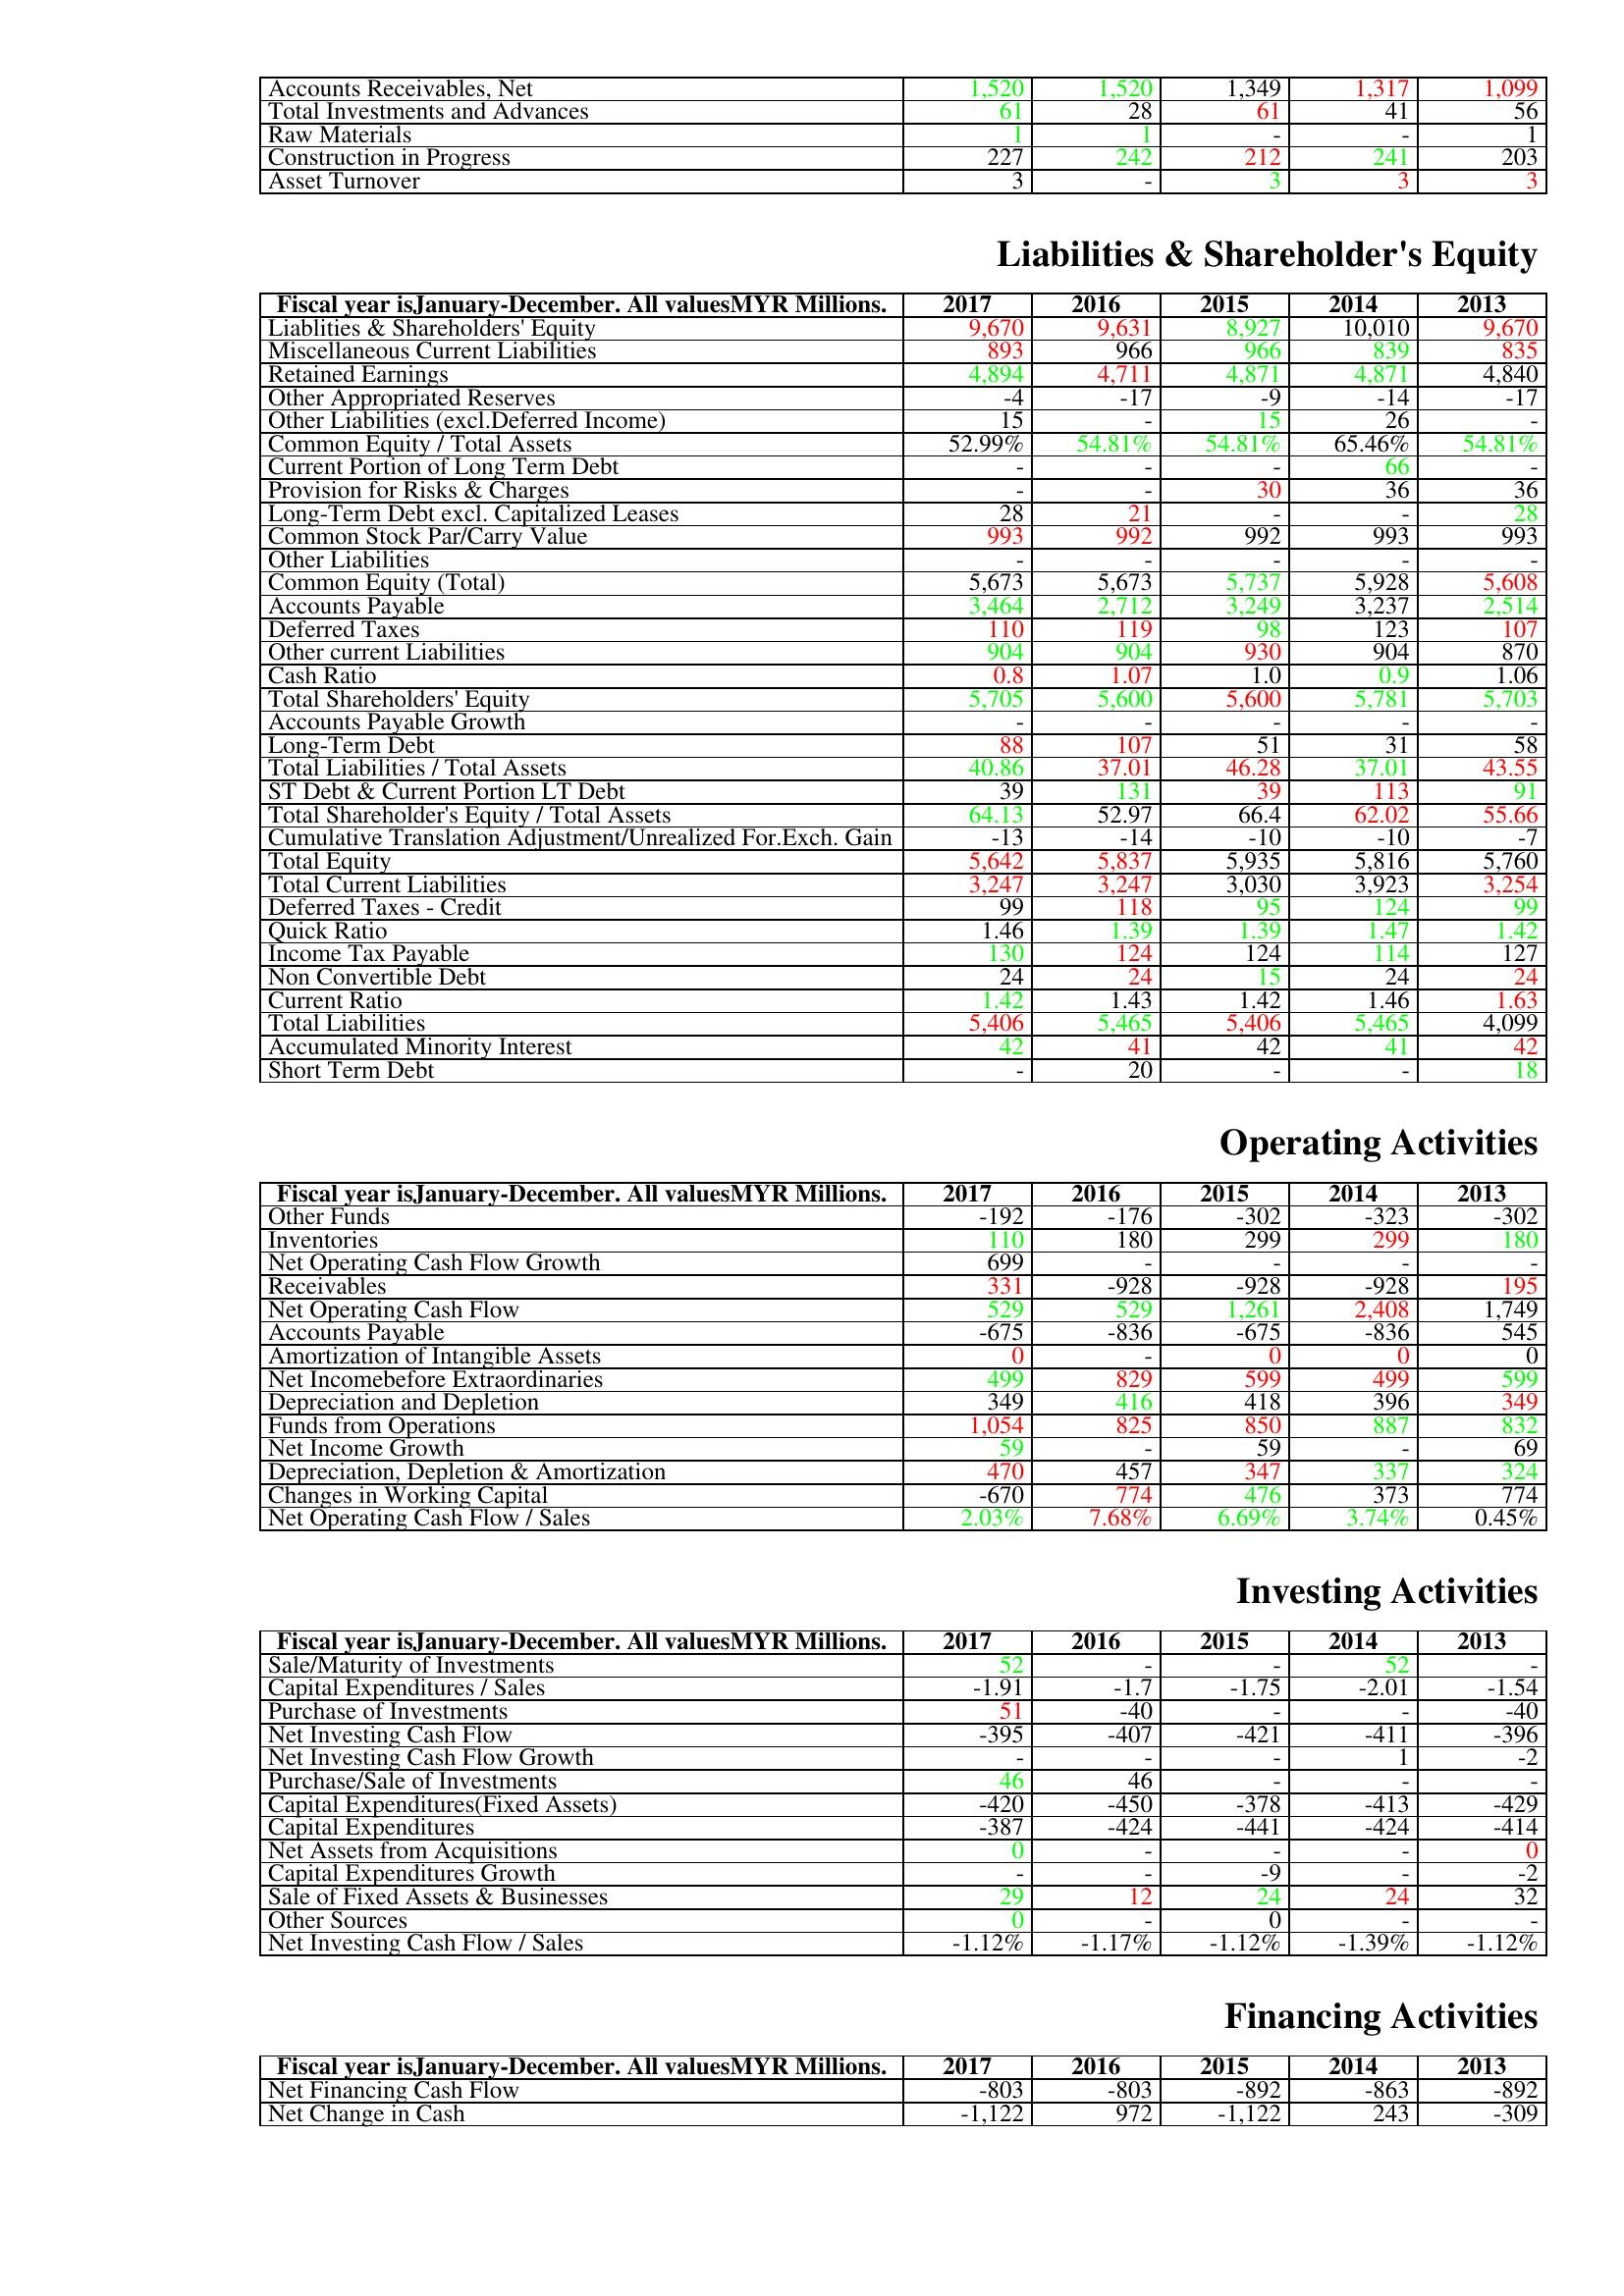
gt_parse: 2017: Assets: Accounts Receivables, Net: 1,520
Total Investments and Advances: 61
Raw Materials: 1
Construction in Progress: 227
Asset Turnover: 3
Liabilities & Shareholder's Equity: Liablities & Shareholders' Equity: 9,670
Miscellaneous Current Liabilities: 893
Retained Earnings: 4,894
Other Appropriated Reserves: -4
Other Liabilities (excl.Deferred Income): 15
Common Equity / Total Assets: 52.99%
Current Portion of Long Term Debt: -
Provision for Risks & Charges: -
Long-Term Debt excl. Capitalized Leases: 28
Common Stock Par/Carry Value: 993
Other Liabilities: -
Common Equity (Total): 5,673
Accounts Payable: 3,464
Deferred Taxes: 110
Other current Liabilities: 904
Cash Ratio: 0.8
Total Shareholders' Equity: 5,705
Accounts Payable Growth: -
Long-Term Debt: 88
Total Liabilities / Total Assets: 40.86
ST Debt & Current Portion LT Debt: 39
Total Shareholder's Equity / Total Assets: 64.13
Cumulative Translation Adjustment/Unrealized For.Exch. Gain: -13
Total Equity: 5,642
Total Current Liabilities: 3,247
Deferred Taxes - Credit: 99
Quick Ratio: 1.46
Income Tax Payable: 130
Non Convertible Debt: 24
Current Ratio: 1.42
Total Liabilities: 5,406
Accumulated Minority Interest: 42
Short Term Debt: -
Operating Activities: Other Funds: -192
Inventories: 110
Net Operating Cash Flow Growth: 699
Receivables: 331
Net Operating Cash Flow: 529
Accounts Payable: -675
Amortization of Intangible Assets: 0
Net Incomebefore Extraordinaries: 499
Depreciation and Depletion: 349
Funds from Operations: 1,054
Net Income Growth: 59
Depreciation, Depletion & Amortization: 470
Changes in Working Capital: -670
Net Operating Cash Flow / Sales: 2.03%
Investing Activities: Sale/Maturity of Investments: 52
Capital Expenditures / Sales: -1.91
Purchase of Investments: 51
Net Investing Cash Flow: -395
Net Investing Cash Flow Growth: -
Purchase/Sale of Investments: 46
Capital Expenditures(Fixed Assets): -420
Capital Expenditures: -387
Net Assets from Acquisitions: 0
Capital Expenditures Growth: -
Sale of Fixed Assets & Businesses: 29
Other Sources: 0
Net Investing Cash Flow / Sales: -1.12%
Financing Activities: Net Financing Cash Flow: -803
Net Change in Cash: -1,122
2016: Assets: Accounts Receivables, Net: 1,520
Total Investments and Advances: 28
Raw Materials: 1
Construction in Progress: 242
Asset Turnover: -
Liabilities & Shareholder's Equity: Liablities & Shareholders' Equity: 9,631
Miscellaneous Current Liabilities: 966
Retained Earnings: 4,711
Other Appropriated Reserves: -17
Other Liabilities (excl.Deferred Income): -
Common Equity / Total Assets: 54.81%
Current Portion of Long Term Debt: -
Provision for Risks & Charges: -
Long-Term Debt excl. Capitalized Leases: 21
Common Stock Par/Carry Value: 992
Other Liabilities: -
Common Equity (Total): 5,673
Accounts Payable: 2,712
Deferred Taxes: 119
Other current Liabilities: 904
Cash Ratio: 1.07
Total Shareholders' Equity: 5,600
Accounts Payable Growth: -
Long-Term Debt: 107
Total Liabilities / Total Assets: 37.01
ST Debt & Current Portion LT Debt: 131
Total Shareholder's Equity / Total Assets: 52.97
Cumulative Translation Adjustment/Unrealized For.Exch. Gain: -14
Total Equity: 5,837
Total Current Liabilities: 3,247
Deferred Taxes - Credit: 118
Quick Ratio: 1.39
Income Tax Payable: 124
Non Convertible Debt: 24
Current Ratio: 1.43
Total Liabilities: 5,465
Accumulated Minority Interest: 41
Short Term Debt: 20
Operating Activities: Other Funds: -176
Inventories: 180
Net Operating Cash Flow Growth: -
Receivables: -928
Net Operating Cash Flow: 529
Accounts Payable: -836
Amortization of Intangible Assets: -
Net Incomebefore Extraordinaries: 829
Depreciation and Depletion: 416
Funds from Operations: 825
Net Income Growth: -
Depreciation, Depletion & Amortization: 457
Changes in Working Capital: 774
Net Operating Cash Flow / Sales: 7.68%
Investing Activities: Sale/Maturity of Investments: -
Capital Expenditures / Sales: -1.7
Purchase of Investments: -40
Net Investing Cash Flow: -407
Net Investing Cash Flow Growth: -
Purchase/Sale of Investments: 46
Capital Expenditures(Fixed Assets): -450
Capital Expenditures: -424
Net Assets from Acquisitions: -
Capital Expenditures Growth: -
Sale of Fixed Assets & Businesses: 12
Other Sources: -
Net Investing Cash Flow / Sales: -1.17%
Financing Activities: Net Financing Cash Flow: -803
Net Change in Cash: 972
2015: Assets: Accounts Receivables, Net: 1,349
Total Investments and Advances: 61
Raw Materials: -
Construction in Progress: 212
Asset Turnover: 3
Liabilities & Shareholder's Equity: Liablities & Shareholders' Equity: 8,927
Miscellaneous Current Liabilities: 966
Retained Earnings: 4,871
Other Appropriated Reserves: -9
Other Liabilities (excl.Deferred Income): 15
Common Equity / Total Assets: 54.81%
Current Portion of Long Term Debt: -
Provision for Risks & Charges: 30
Long-Term Debt excl. Capitalized Leases: -
Common Stock Par/Carry Value: 992
Other Liabilities: -
Common Equity (Total): 5,737
Accounts Payable: 3,249
Deferred Taxes: 98
Other current Liabilities: 930
Cash Ratio: 1.0
Total Shareholders' Equity: 5,600
Accounts Payable Growth: -
Long-Term Debt: 51
Total Liabilities / Total Assets: 46.28
ST Debt & Current Portion LT Debt: 39
Total Shareholder's Equity / Total Assets: 66.4
Cumulative Translation Adjustment/Unrealized For.Exch. Gain: -10
Total Equity: 5,935
Total Current Liabilities: 3,030
Deferred Taxes - Credit: 95
Quick Ratio: 1.39
Income Tax Payable: 124
Non Convertible Debt: 15
Current Ratio: 1.42
Total Liabilities: 5,406
Accumulated Minority Interest: 42
Short Term Debt: -
Operating Activities: Other Funds: -302
Inventories: 299
Net Operating Cash Flow Growth: -
Receivables: -928
Net Operating Cash Flow: 1,261
Accounts Payable: -675
Amortization of Intangible Assets: 0
Net Incomebefore Extraordinaries: 599
Depreciation and Depletion: 418
Funds from Operations: 850
Net Income Growth: 59
Depreciation, Depletion & Amortization: 347
Changes in Working Capital: 476
Net Operating Cash Flow / Sales: 6.69%
Investing Activities: Sale/Maturity of Investments: -
Capital Expenditures / Sales: -1.75
Purchase of Investments: -
Net Investing Cash Flow: -421
Net Investing Cash Flow Growth: -
Purchase/Sale of Investments: -
Capital Expenditures(Fixed Assets): -378
Capital Expenditures: -441
Net Assets from Acquisitions: -
Capital Expenditures Growth: -9
Sale of Fixed Assets & Businesses: 24
Other Sources: 0
Net Investing Cash Flow / Sales: -1.12%
Financing Activities: Net Financing Cash Flow: -892
Net Change in Cash: -1,122
2014: Assets: Accounts Receivables, Net: 1,317
Total Investments and Advances: 41
Raw Materials: -
Construction in Progress: 241
Asset Turnover: 3
Liabilities & Shareholder's Equity: Liablities & Shareholders' Equity: 10,010
Miscellaneous Current Liabilities: 839
Retained Earnings: 4,871
Other Appropriated Reserves: -14
Other Liabilities (excl.Deferred Income): 26
Common Equity / Total Assets: 65.46%
Current Portion of Long Term Debt: 66
Provision for Risks & Charges: 36
Long-Term Debt excl. Capitalized Leases: -
Common Stock Par/Carry Value: 993
Other Liabilities: -
Common Equity (Total): 5,928
Accounts Payable: 3,237
Deferred Taxes: 123
Other current Liabilities: 904
Cash Ratio: 0.9
Total Shareholders' Equity: 5,781
Accounts Payable Growth: -
Long-Term Debt: 31
Total Liabilities / Total Assets: 37.01
ST Debt & Current Portion LT Debt: 113
Total Shareholder's Equity / Total Assets: 62.02
Cumulative Translation Adjustment/Unrealized For.Exch. Gain: -10
Total Equity: 5,816
Total Current Liabilities: 3,923
Deferred Taxes - Credit: 124
Quick Ratio: 1.47
Income Tax Payable: 114
Non Convertible Debt: 24
Current Ratio: 1.46
Total Liabilities: 5,465
Accumulated Minority Interest: 41
Short Term Debt: -
Operating Activities: Other Funds: -323
Inventories: 299
Net Operating Cash Flow Growth: -
Receivables: -928
Net Operating Cash Flow: 2,408
Accounts Payable: -836
Amortization of Intangible Assets: 0
Net Incomebefore Extraordinaries: 499
Depreciation and Depletion: 396
Funds from Operations: 887
Net Income Growth: -
Depreciation, Depletion & Amortization: 337
Changes in Working Capital: 373
Net Operating Cash Flow / Sales: 3.74%
Investing Activities: Sale/Maturity of Investments: 52
Capital Expenditures / Sales: -2.01
Purchase of Investments: -
Net Investing Cash Flow: -411
Net Investing Cash Flow Growth: 1
Purchase/Sale of Investments: -
Capital Expenditures(Fixed Assets): -413
Capital Expenditures: -424
Net Assets from Acquisitions: -
Capital Expenditures Growth: -
Sale of Fixed Assets & Businesses: 24
Other Sources: -
Net Investing Cash Flow / Sales: -1.39%
Financing Activities: Net Financing Cash Flow: -863
Net Change in Cash: 243
2013: Assets: Accounts Receivables, Net: 1,099
Total Investments and Advances: 56
Raw Materials: 1
Construction in Progress: 203
Asset Turnover: 3
Liabilities & Shareholder's Equity: Liablities & Shareholders' Equity: 9,670
Miscellaneous Current Liabilities: 835
Retained Earnings: 4,840
Other Appropriated Reserves: -17
Other Liabilities (excl.Deferred Income): -
Common Equity / Total Assets: 54.81%
Current Portion of Long Term Debt: -
Provision for Risks & Charges: 36
Long-Term Debt excl. Capitalized Leases: 28
Common Stock Par/Carry Value: 993
Other Liabilities: -
Common Equity (Total): 5,608
Accounts Payable: 2,514
Deferred Taxes: 107
Other current Liabilities: 870
Cash Ratio: 1.06
Total Shareholders' Equity: 5,703
Accounts Payable Growth: -
Long-Term Debt: 58
Total Liabilities / Total Assets: 43.55
ST Debt & Current Portion LT Debt: 91
Total Shareholder's Equity / Total Assets: 55.66
Cumulative Translation Adjustment/Unrealized For.Exch. Gain: -7
Total Equity: 5,760
Total Current Liabilities: 3,254
Deferred Taxes - Credit: 99
Quick Ratio: 1.42
Income Tax Payable: 127
Non Convertible Debt: 24
Current Ratio: 1.63
Total Liabilities: 4,099
Accumulated Minority Interest: 42
Short Term Debt: 18
Operating Activities: Other Funds: -302
Inventories: 180
Net Operating Cash Flow Growth: -
Receivables: 195
Net Operating Cash Flow: 1,749
Accounts Payable: 545
Amortization of Intangible Assets: 0
Net Incomebefore Extraordinaries: 599
Depreciation and Depletion: 349
Funds from Operations: 832
Net Income Growth: 69
Depreciation, Depletion & Amortization: 324
Changes in Working Capital: 774
Net Operating Cash Flow / Sales: 0.45%
Investing Activities: Sale/Maturity of Investments: -
Capital Expenditures / Sales: -1.54
Purchase of Investments: -40
Net Investing Cash Flow: -396
Net Investing Cash Flow Growth: -2
Purchase/Sale of Investments: -
Capital Expenditures(Fixed Assets): -429
Capital Expenditures: -414
Net Assets from Acquisitions: 0
Capital Expenditures Growth: -2
Sale of Fixed Assets & Businesses: 32
Other Sources: -
Net Investing Cash Flow / Sales: -1.12%
Financing Activities: Net Financing Cash Flow: -892
Net Change in Cash: -309